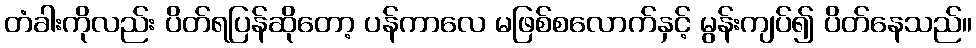
တံခါးကိုလည်း ပိတ်ရပြန်ဆိုတော့ ပန်ကာလေ မဖြစ်စလောက်နှင့် မွန်းကျပ်၍ ပိတ်နေသည်။